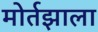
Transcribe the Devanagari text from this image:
मोर्तझाला